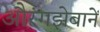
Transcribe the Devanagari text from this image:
औरंगझेबानें